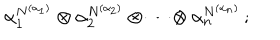
\alpha _ { 1 } ^ { N ^ { ( \alpha _ { 1 } ) } } \otimes \alpha _ { 2 } ^ { N ^ { ( \alpha _ { 2 } ) } } \otimes \cdots \otimes \alpha _ { n } ^ { N ^ { ( \alpha _ { n } ) } } \, ;